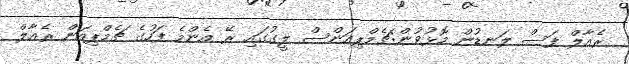
ރެެއާލް ފަސް ލަނޑުން މޮޅުވުން:ޗެމްޕިއަންސް ލީގުގައި ރޭ އެންމެ ފަހުގެ ޗެމްޕިއަން ރެއާލް